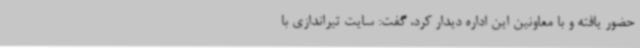
حضور یافته و با معاونین این اداره دیدار کرد، گفت: سایت تیراندازی با